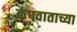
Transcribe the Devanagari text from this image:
कंपवाताच्या